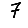
Digit: 7